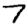
Digit: 7